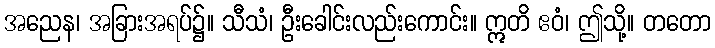
အညေန၊ အခြားအရပ်၌။ သီသံ၊ ဦးခေါင်းလည်းကောင်း။ ဣတိ ဧဝံ၊ ဤသို့။ တတော